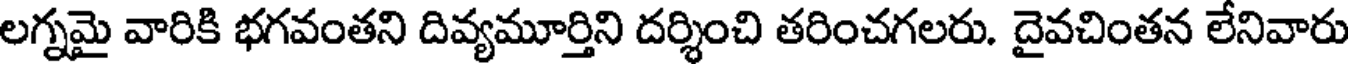
లగ్నమై వారికి భగవంతని దివ్యమూర్తిని దర్శించి తరించగలరు. దైవచింతన లేనివారు